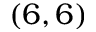
( 6 , 6 )